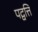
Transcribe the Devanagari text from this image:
पद्वत्ति